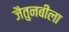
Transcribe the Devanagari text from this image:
जैतुनबीला